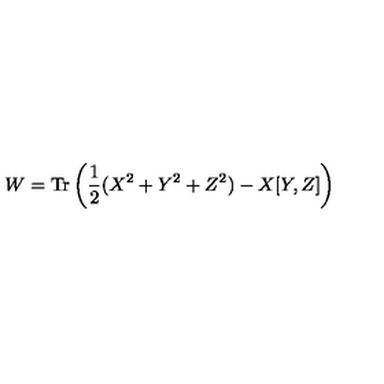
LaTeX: W = \mathrm { T r } \left( \frac { 1 } { 2 } ( X ^ { 2 } + Y ^ { 2 } + Z ^ { 2 } ) - X [ Y , Z ] \right)